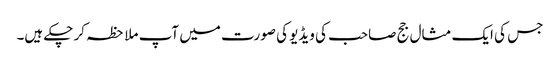
جس کی ایک مثال جج صاحب کی ویڈیو کی صورت میں آپ ملاحظہ کر چکے ہیں۔